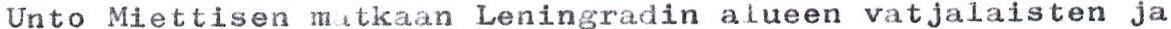
Unto Miettisen matkaan Leningradin alueen vatjalaisten ja